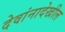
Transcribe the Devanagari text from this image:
देवांनादेखील